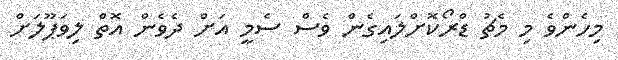
މިހެންވެ މި މެޗު ޑްރޯކޮށްލައިގެން ވެސް ސެމީ އަށް ދެވެން އޮތް ލިވަޕޫލަށް